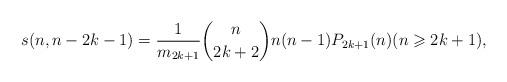
LaTeX: \begin{align*}s(n,n-2k-1)=\frac{1}{m_{2k+1}}\binom{n}{2k+2}n(n-1)P_{2k+1}(n)(n\geqslant 2k+1), \end{align*}